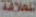
للعلاقة